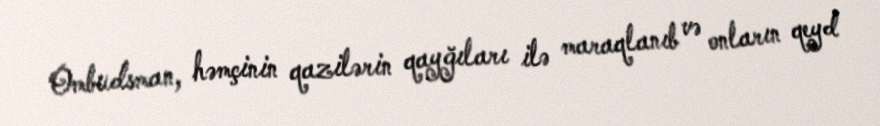
Ombudsman, həmçinin qazilərin qayğıları ilə maraqlanıb və onların qeyd